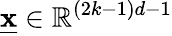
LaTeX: \underline{{\mathbf{x}}}\in\mathbb{R}^{(2k-1)d-1}